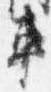
車